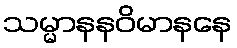
သမ္မာနနဝိမာနနေ